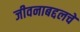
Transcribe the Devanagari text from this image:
जीवनाबद्दलचे